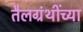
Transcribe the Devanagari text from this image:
तैलग्रंथींच्या